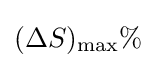
(\Delta S)_{\text{max}}\%